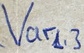
Text: Varl3